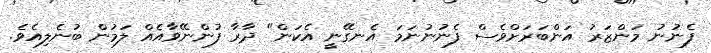
ފެނުނު މަންޒަރު އަންބަރަށްވެސް ފެނުނުނަމަ އެނގޭނީ އެކަން" ދާރާ ފުންނޭވާއެއް ލަމުން ބުނެލިއެވެ.